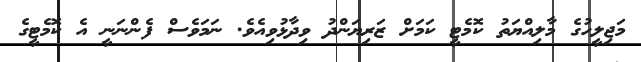
މަޖިލީހުގެ މާލިއްޔަތު ކޮމެޓީ ކަމަށް ޒަރިޔަންދު ވިދާޅުވިއެވެ. ނަމަވެސް ފެންނަނީ އެ ކޮމެޓީގެ